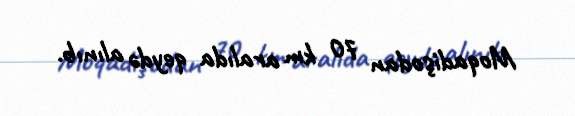
Moqadişodan 70 km aralıda qeydə alınıb.